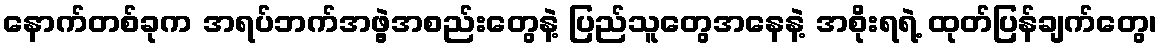
နောက်တစ်ခုက အရပ်ဘက်အဖွဲ့အစည်းတွေနဲ့ ပြည်သူတွေအနေနဲ့ အစိုးရရဲ့ ထုတ်ပြန်ချက်တွေ၊